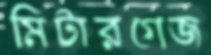
মিটারগেজ